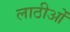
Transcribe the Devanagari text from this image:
लाठीओं